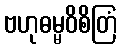
ဗဟုဓမ္မဝိစိတြံ